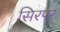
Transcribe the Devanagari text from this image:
सिरपर